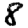
Digit: 8